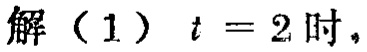
解（1）$t = 2$时，